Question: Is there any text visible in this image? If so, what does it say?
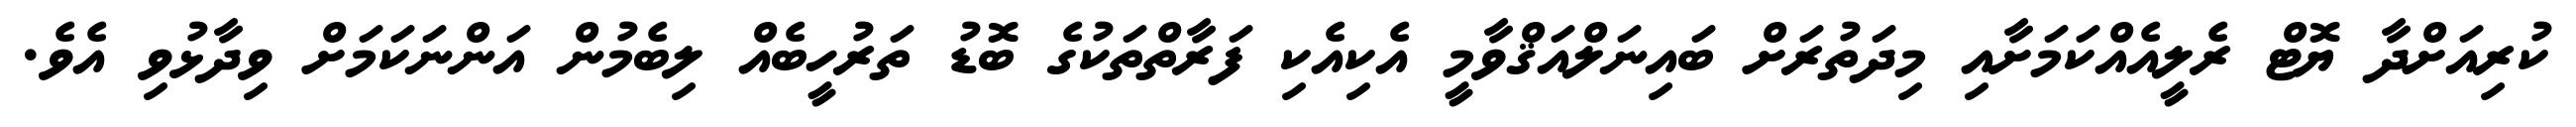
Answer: ކުރިއަށްދާ ޔޮޓް ރެލީއެއްކަމަށާއި މިދަތުރަށް ބައިނަލްއަޤްވާމީ އެކިއެކި ފަރާތްތަކުގެ ބޮޑު ތަރުހީބެއް ލިބެމުން އަންނަކަމަށް ވިދާޅުވި އެވެ.